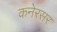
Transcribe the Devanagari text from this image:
कनेरसर